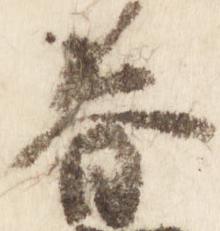
春